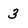
Character: 3